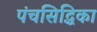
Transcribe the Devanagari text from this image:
पंचसिद्धिका